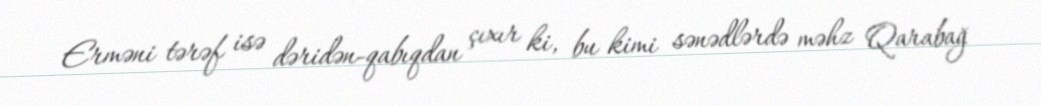
Erməni tərəf isə dəridən-qabıqdan çıxır ki, bu kimi sənədlərdə məhz Qarabağ